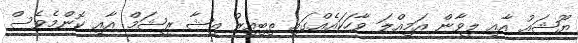
ޔޫޝައު އާއި ލީވާން އަމިއްލަ ވާހަކައެއްގައި ތިބިއިރު އީޝާ ރީޝަމް އާއި ކޮންމެވެސް